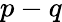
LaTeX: p-q